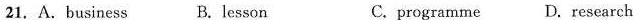
21. A. business B. lesson C. programme D.research